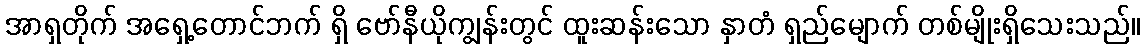
အာရှတိုက် အရှေ့တောင်ဘက် ရှိ ဗော်နီယိုကျွန်းတွင် ထူးဆန်းသော နှာတံ ရှည်မျောက် တစ်မျိုးရှိသေးသည်။